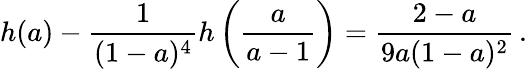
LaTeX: h(a)-{\frac{1}{(1-a)^{4}}}h\left({\frac{a}{a-1}}\right)={\frac{2-a}{9a(1-a)^{2}}}\, .